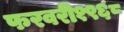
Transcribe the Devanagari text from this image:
फरवरी१९६८